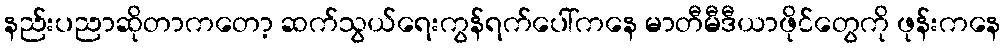
နည်းပညာဆိုတာကတော့ ဆက်သွယ်ရေးကွန်ရက်ပေါ်ကနေ မာတီမီဒီယာဖိုင်တွေကို ဖုန်းကနေ